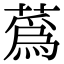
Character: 蔿